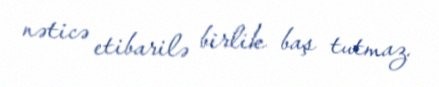
nəticə etibarilə birlik baş tutmaz.